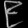
Digit: ၉